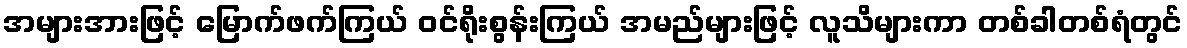
အများအားဖြင့် မြောက်ဖက်ကြယ် ဝင်ရိုးစွန်းကြယ် အမည်များဖြင့် လူသိများကာ တစ်ခါတစ်ရံတွင်